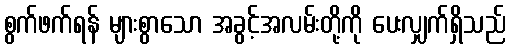
စွက်ဖက်ရန် များစွာသော အခွင့်အလမ်းတို့ကို ပေးလျှက်ရှိသည်